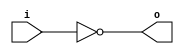
module invert (input wire i, output wire o);
   assign o = !i;
endmodule

module and2 (input wire i0, i1, output wire o);
  assign o = i0 & i1;
endmodule

module or2 (input wire i0, i1, output wire o);
  assign o = i0 | i1;
endmodule

module xor2 (input wire i0, i1, output wire o);
  assign o = i0 ^ i1;
endmodule

module nand2 (input wire i0, i1, output wire o);
   wire t;
   and2 and2_0 (i0, i1, t);
   invert invert_0 (t, o);
endmodule

module nor2 (input wire i0, i1, output wire o);
   wire t;
   or2 or2_0 (i0, i1, t);
   invert invert_0 (t, o);
endmodule

module xnor2 (input wire i0, i1, output wire o);
   wire t;
   xor2 xor2_0 (i0, i1, t);
   invert invert_0 (t, o);
endmodule

module and3 (input wire i0, i1, i2, output wire o);
   wire t;
   and2 and2_0 (i0, i1, t);
   and2 and2_1 (i2, t, o);
endmodule

module or3 (input wire i0, i1, i2, output wire o);
   wire t;
   or2 or2_0 (i0, i1, t);
   or2 or2_1 (i2, t, o);
endmodule

module nor3 (input wire i0, i1, i2, output wire o);
   wire t;
   or2 or2_0 (i0, i1, t);
   nor2 nor2_0 (i2, t, o);
endmodule

module nand3 (input wire i0, i1, i2, output wire o);
   wire t;
   and2 and2_0 (i0, i1, t);
   nand2 nand2_1 (i2, t, o);
endmodule

module xor3 (input wire i0, i1, i2, output wire o);
   wire t;
   xor2 xor2_0 (i0, i1, t);
   xor2 xor2_1 (i2, t, o);
endmodule

module xnor3 (input wire i0, i1, i2, output wire o);
   wire t;
   xor2 xor2_0 (i0, i1, t);
   xnor2 xnor2_0 (i2, t, o);
endmodule

module mux2 (input wire i0, i1, j, output wire o);
  assign o = (j==0)?i0:i1;
endmodule

module mux4 (input wire [0:3] i, input wire j1, j0, output wire o);
  wire  t0, t1;
  mux2 mux2_0 (i[0], i[1], j1, t0);
  mux2 mux2_1 (i[2], i[3], j1, t1);
  mux2 mux2_2 (t0, t1, j0, o);
endmodule

module mux8 (input wire [0:7] i, input wire j2, j1, j0, output wire o);
  wire  t0, t1;
  mux4 mux4_0 (i[0:3], j2, j1, t0);
  mux4 mux4_1 (i[4:7], j2, j1, t1);
  mux2 mux2_0 (t0, t1, j0, o);
endmodule

module demux2 (input wire i, j, output wire o0, o1);
  assign o0 = (j==0)?i:1'b0;
  assign o1 = (j==1)?i:1'b0;
endmodule

module demux4 (input wire i, j1, j0, output wire [0:3] o);
  wire  t0, t1;
  demux2 demux2_0 (i, j1, t0, t1);
  demux2 demux2_1 (t0, j0, o[0], o[1]);
  demux2 demux2_2 (t1, j0, o[2], o[3]);
endmodule

module demux8 (input wire i, j2, j1, j0, output wire [0:7] o);
  wire  t0, t1;
  demux2 demux2_0 (i, j2, t0, t1);
  demux4 demux4_0 (t0, j1, j0, o[0:3]);
  demux4 demux4_1 (t1, j1, j0, o[4:7]);
endmodule

module df (input wire clk, in, output wire out);
  reg df_out;
  always@(posedge clk) df_out <= in;
  assign out = df_out;
endmodule

module dfr (input wire clk, reset, in, output wire out);
  wire reset_, df_in;
  invert invert_0 (reset, reset_);
  and2 and2_0 (in, reset_, df_in);
  df df_0 (clk, df_in, out);
endmodule

module dfrl (input wire clk, reset, load, in, output wire out);
//Only if load=1, flip flop value will change at next clock cycle.
//If reset=1, flip-flop is set to 0.
  wire _in;
  mux2 mux2_0(out, in, load, _in);
  dfr dfr_1(clk, reset, _in, out);
endmodule